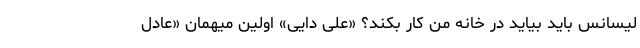
لیسانس باید بیاید در خانه من کار بکند؟ «علی دایی» اولین میهمان «عادل